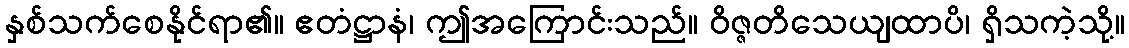
နှစ်သက်စေနိုင်ရာ၏။ ဧတံဋ္ဌာနံ၊ ဤအကြောင်းသည်။ ဝိဇ္ဇတိသေယျထာပိ၊ ရှိသကဲ့သို့။